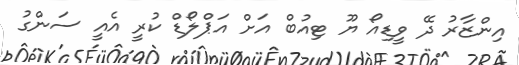
އިންޒާރު ދޭ ވީޑިއޯ ޔޫ ޓިއުބް އަށް އަޕްލޯޑް ކުރީ އެއީ ސަންގު